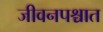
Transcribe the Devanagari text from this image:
जीवनपश्चात